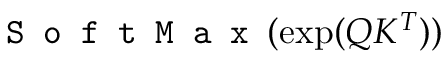
{ \texttt { S o f t M a x } } ( \exp ( Q K ^ { T } ) )